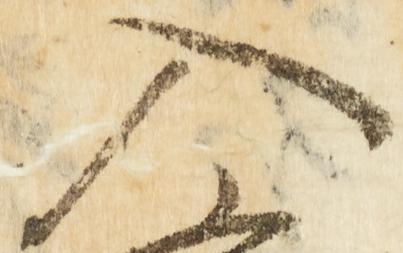
入